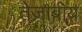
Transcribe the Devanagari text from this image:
तेज़ाबीय